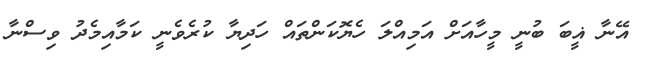
އޭނާ ޣީބަ ބުނީ މީހާއަށް އަމިއްލަ ހެޔޮކަންތައް ހަދިޔާ ކުރެވެނީ ކަމާއިމެދު ވިސްނާ